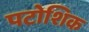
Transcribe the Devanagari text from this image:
पटोशिक